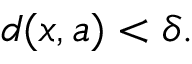
d ( x , a ) < \delta .